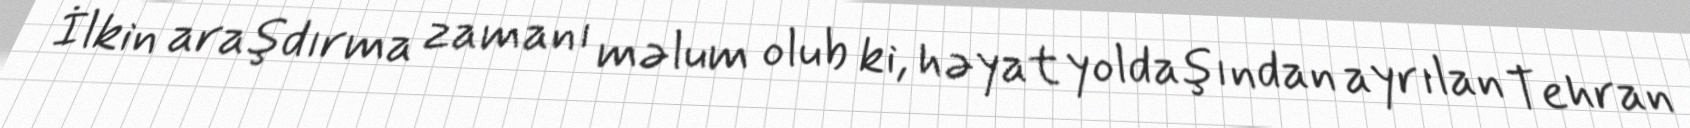
İlkin araşdırma zamanı məlum olub ki, həyat yoldaşından ayrılan Tehran